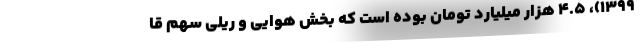
۱۳۹۹)، ۴.۵ هزار میلیارد تومان بوده است که بخش هوایی و ریلی سهم قا